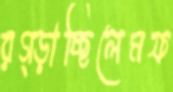
রগ্‌ড়াচ্ছিলেমফ